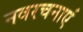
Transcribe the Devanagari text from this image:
नवरचनाएं